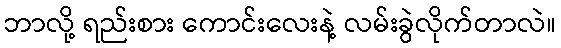
ဘာလို့ ရည်းစား ကောင်းလေးနဲ့ လမ်းခွဲလိုက်တာလဲ။